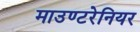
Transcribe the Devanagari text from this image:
माउण्टरेनियर